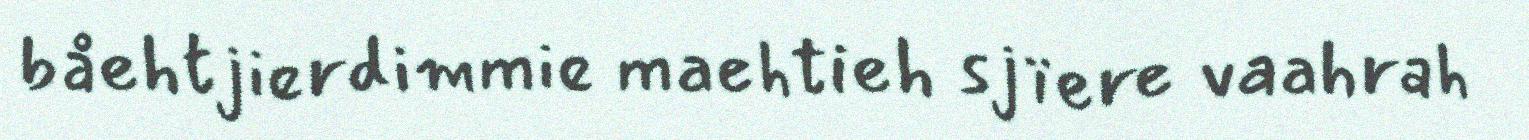
båehtjierdimmie maehtieh sjïere vaahrah